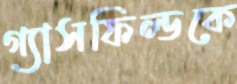
গ্যাসফিল্ডকে